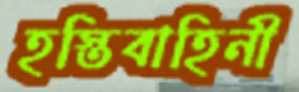
হস্তিবাহিনী